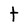
Character: t